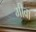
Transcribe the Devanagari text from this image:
मीवा